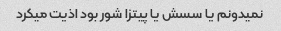
نمیدونم یا سسش یا پیتزا شور بود اذیت میکرد